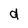
Character: d